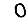
Digit: 0